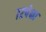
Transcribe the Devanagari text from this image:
७२पेक्षा